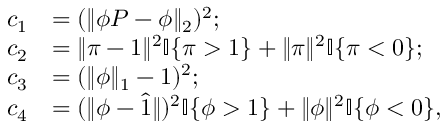
\begin{array} { r l } { c _ { 1 } } & { = ( \| \phi P - \phi \| _ { 2 } ) ^ { 2 } ; } \\ { c _ { 2 } } & { = \| \pi - 1 \| ^ { 2 } \mathbb { I } \{ \pi > 1 \} + \| \pi \| ^ { 2 } \mathbb { I } \{ \pi < 0 \} ; } \\ { c _ { 3 } } & { = ( \| \phi \| _ { 1 } - 1 ) ^ { 2 } ; } \\ { c _ { 4 } } & { = ( \| \phi - \Hat { 1 } \| ) ^ { 2 } \mathbb { I } \{ \phi > 1 \} + \| \phi \| ^ { 2 } \mathbb { I } \{ \phi < 0 \} , } \end{array}